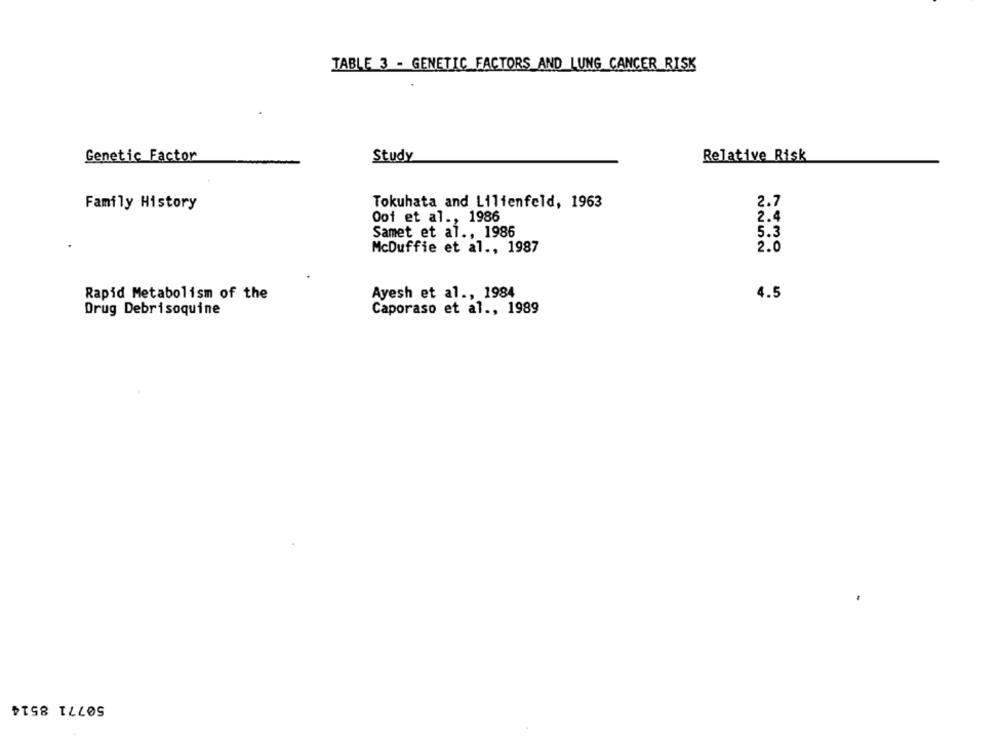
TABLE 3 - GENETIC FACTORS AND LUNG CANCER RISK
Genetic Factor
Study
Relative Risk
Family History
Tokuhata and Lilienfeld, 1963
2.7
Oot et al ., 1986
2.4
Samet et al ., 1986
5.3
McDuffie et al ., 1987
2.0
Rapid Metabolism of the
Ayesh et al ., 1984
4.5
Drug Debrisoquine
Caporaso et al ., 1989
50771 8514